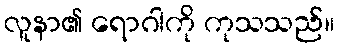
လူနာ၏ ရောဂါကို ကုသသည်။